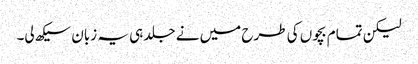
لیکن تمام بچوں کی طرح میں نے جلد ہی یہ زبان سیکھ لی۔